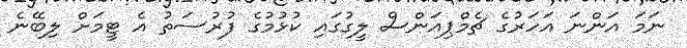
ނަމަ އަންނަ އަހަރުގެ ޗެމްޕިއަންސް ލީގުގައި ކުޅުމުގެ ފުރުސަތު އެ ޓީމަށް ލިބޭނެ